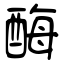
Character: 酶